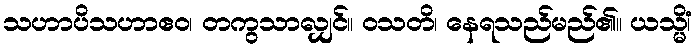
သဟာပိသဟာဧဝ၊ တကွသာလျှင်။ ဝသတိ၊ နေရသည်မည်၏။ ယသ္မိံ၊